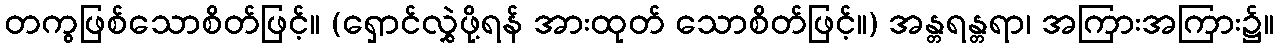
တကွဖြစ်သောစိတ်ဖြင့်။ (ရှောင်လွှဲဖို့ရန် အားထုတ် သောစိတ်ဖြင့်။) အန္တရန္တရာ၊ အကြားအကြား၌။